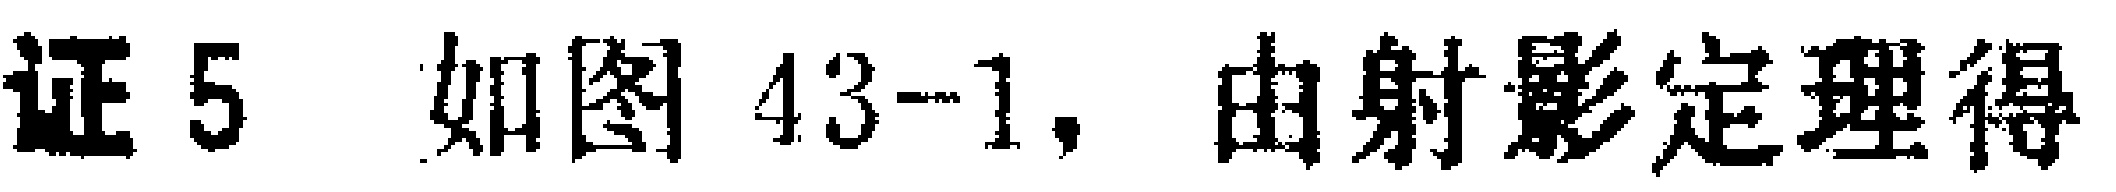
证5 如图43-1, 由射影定理得